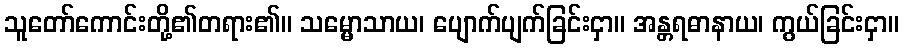
သူတော်ကောင်းတို့၏တရား၏။ သမ္မောသာယ၊ ပျောက်ပျက်ခြင်းငှာ။ အန္တရဓာနာယ၊ ကွယ်ခြင်းငှာ။